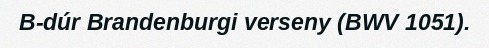
B-dúr Brandenburgi verseny (BWV 1051).